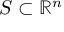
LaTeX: S \subset \mathbb { R } ^ { n }